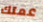
عمتك